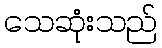
သေဆုံးသည်